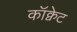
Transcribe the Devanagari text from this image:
कॉक्वेट